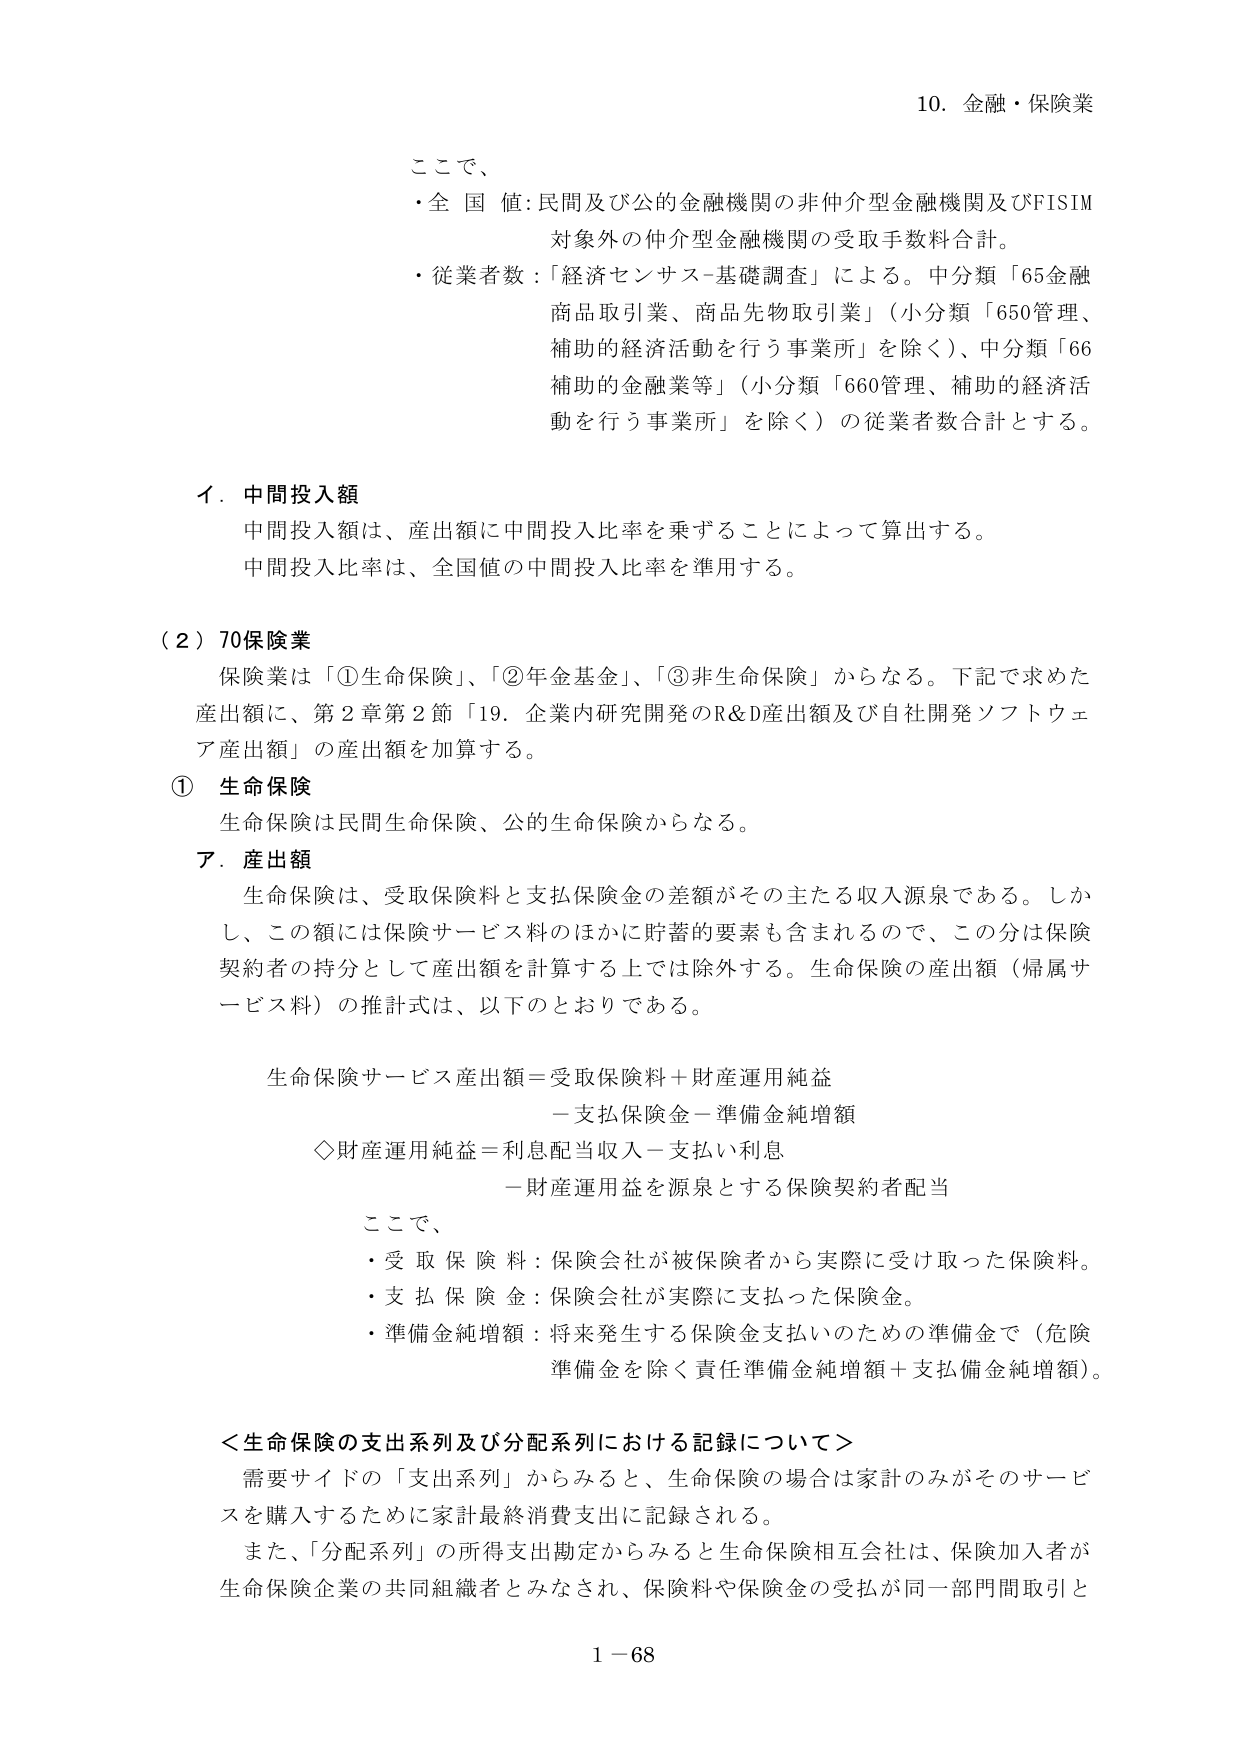
10. 金融・保険業

ここで、
・全国値：民間及び公的金融機関の非仲介型金融機関及びFISIM
対象外の仲介型金融機関の受取手数料合計。
・従業者数：「経済センサス-基礎調査」による。中分類「65金融
商品取引業、商品先物取引業」（小分類「650管理、
補助的経済活動を行う事業所」を除く）、中分類「66
補助的金融業等」（小分類「660管理、補助的経済活
動を行う事業所」を除く）の従業者数合計とする。

イ．中間投入額
中間投入額は、産出額に中間投入比率を乗ずることによって算出する。
中間投入比率は、全国値の中間投入比率を準用する。

（2）70保険業
保険業は「①生命保険」、「②年金基金」、「③非生命保険」からなる。下記で求めた
産出額に、第2章第2節「19．企業内研究開発のR&D産出額及び自社開発ソフトウェ
ア産出額」の産出額を加算する。

① 生命保険
生命保険は民間生命保険、公的生命保険からなる。

ア．産出額
生命保険は、受取保険料と支払保険金の差額がその主たる収入源泉である。しか
し、この額には保険サービス料のほかに貯蓄的要素も含まれるので、この分は保険
契約者の持分として産出額を計算する上では除外する。生命保険の産出額（帰属サ
ービス料）の推計式は、以下のとおりである。

生命保険サービス産出額＝受取保険料＋財産運用純益
－支払保険金－準備金純増額

◇財産運用純益＝利息配当収入－支払い利息
－財産運用益を源泉とする保険契約者配当

ここで、
・受取保険料：保険会社が被保険者から実際に受け取った保険料。
・支払保険金：保険会社が実際に支払った保険金。
・準備金純増額：将来発生する保険金支払いのための準備金で（危険
準備金を除く責任準備金純増額＋支払備金純増額）。

＜生命保険の支出系列及び分配系列における記録について＞
需要サイドの「支出系列」からみると、生命保険の場合は家計のみがそのサービ
スを購入するために家計最終消費支出に記録される。
また、「分配系列」の所得支出勘定からみると生命保険相互会社は、保険加入者が
生命保険企業の共同組織者とみなされ、保険料や保険金の受払が同一部門間取引と

1－68